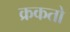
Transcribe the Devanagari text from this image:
क्रकतो